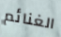
الغنائم